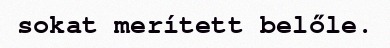
sokat merített belőle.